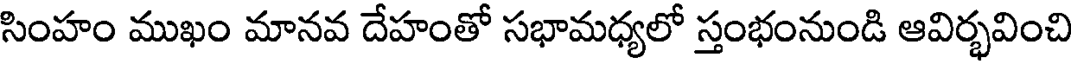
సింహం ముఖం మానవ దేహంతో సభామధ్యలో స్తంభంనుండి ఆవిర్భవించి